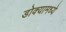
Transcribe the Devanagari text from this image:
डोक्यामध्ये